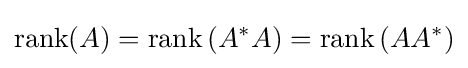
\operatorname {rank} (A)=\operatorname {rank} \left(A^{*}A\right)=\operatorname {rank} \left(AA^{*}\right)